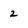
Character: 2